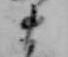
ま